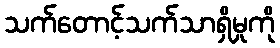
သက်တောင့်သက်သာရှိမှုကို